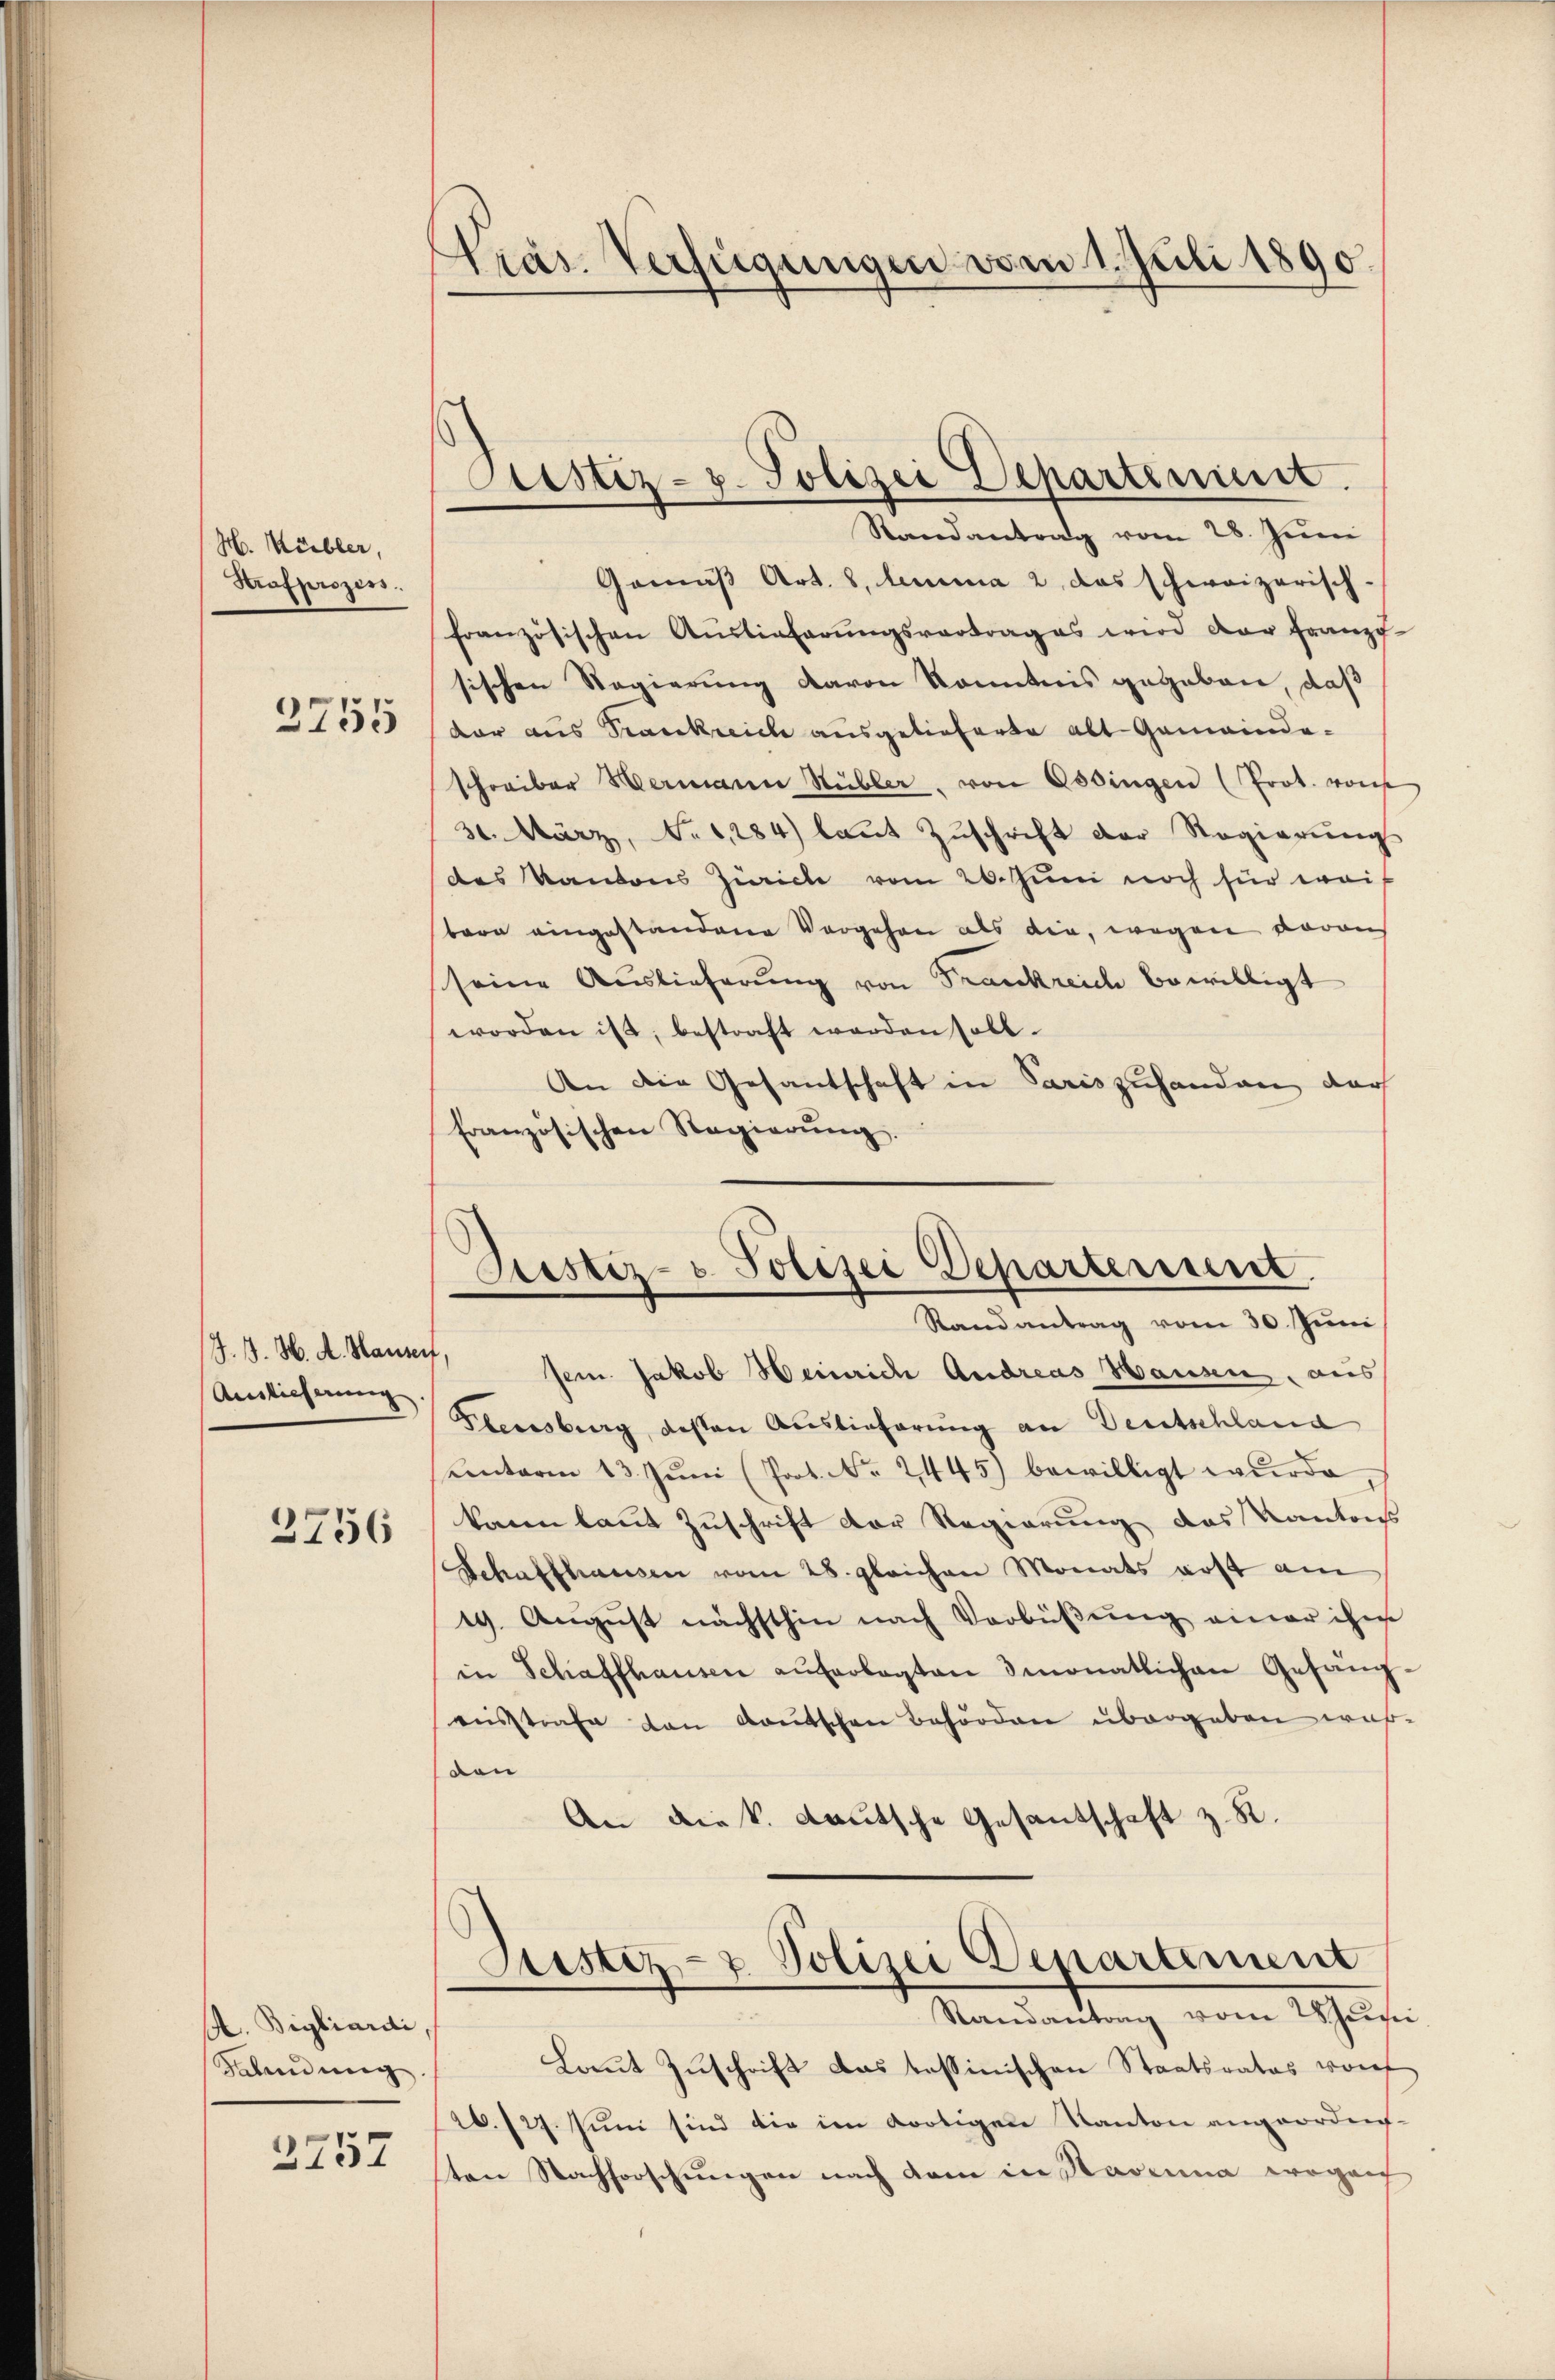
H. Kübler,
Hrafprozess
3755

J. J. H. d. Hausen,
Auslieferung.

3756

A. Bigliardi
Sabendung.

2757

Gemäß Art. 8, lemma 2 das schweizerisch-
französischen Auslieferŭngsvertrages wird der franz-
sischen Regierung davon Kenntnis gegeben, daß
dar aus Trankreich ausgelieferte alt Gemeinde-
schreiber Hermann Hübler, von Ossingen (Prot. von
30. März, No 1284) laŭt Zŭschrift der Regierŭng
des Kantons Zürich vom 26. Juni noch für wei
barn eingestandenen Vorgehen als die, wegen daraus
seine Auslieferung von Frankreich bewilligt
worden ist, bestraft werden soll.
An die Gesantschaft in Paris zuhanden dar
französischen Regierŭng.

Pras. Verfügungen vom 1. Juli 1890

Justiz- u. Polizei Departement.
Randantrag vom 28. Juni

Grestiz- & Polizei Departerient.
Stand antrag vom 30. Juni
sein. Jakob Heinrich Andreas Hausen, aus

Flensburg, gesten Auslieferung an Deutschland
unterm 13. Jŭni (Prot. Nr. 2445) bewilligt wurde,
konen laut Zuschrift der Regierung das Kantons
Schaffhausen vom 28. gleichen Monats erst am
19. August nächsthin nach Verbüßung einer ihm
in Schaffhausen auferlegten 3 monatlichen Gefängreisstrafe den Kautschen Behörden übergeben wurven
An die k. Lautsche Gesantschaft z. S.

Laŭt Zŭschrift das tessinischen Staatsrates von
20./27. Juni sind die im dortigen Kanton angeordnet
ten Nachforschungen nach dem in Savina wogen

Sistiz- & Polizei Departement
Randantrag vom Schusi